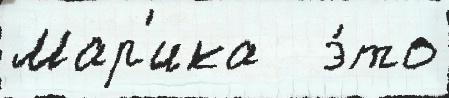
Мар'ика   э́то